Lunatic asylums Madras 1877-1891 - 1877-1891
Year: 1877
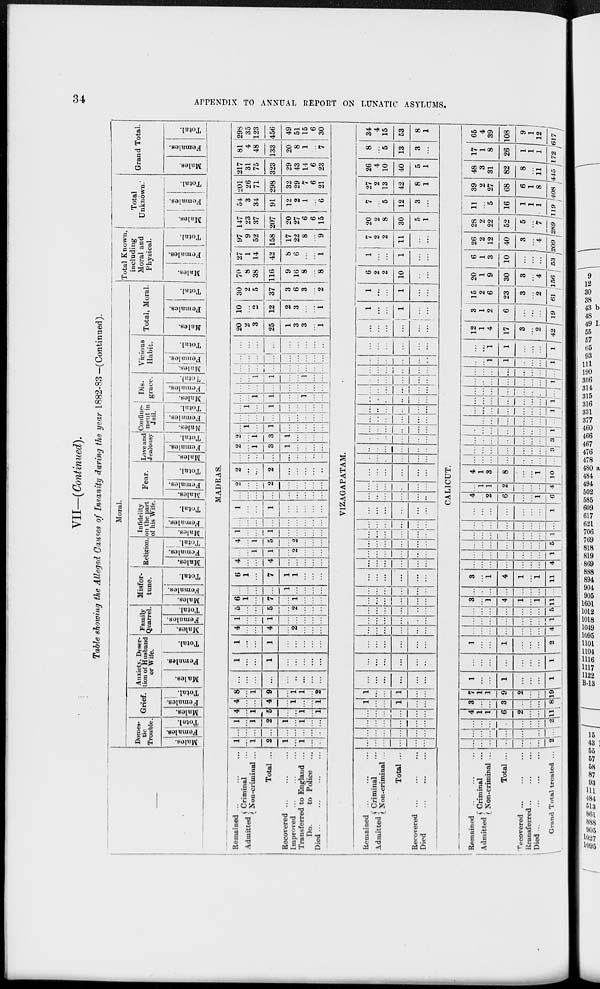
34
APPENDIX TO ANNUAL REPORT ON LUNATIC ASYLUMS.
VII—(Continued).
Table showing the Alleged Causes of Insanity (during the year 1882-83 —(Continued).
—
Moral.
Domes-
tic
Trouble.
Males.
Females.
Total.
Grief.
Males.
Females.
Total.
Anxiety, Deser-
tion of Husband
or Wife.
Males.
Females.
Total.
Family
Quarrel.
Males.
Females.
Total.
Misfor-
tune.
Males.
Females.
Total.
Religion.
Males.
Females.
Total.
Infidelity
on the part
of his Wife.
Males.
Females.
Total.
Fear.
Males.
Females.
Total.
Love and
Jealousy.
Males.
Females.
Total.
Confine-
ment in
Jail.
Males.
Females.
Total.
Dis-
grace.
Males.
Females.
Total.
Vicious
Habit.
Males.
Females.
Total.
Total, Moral.
Males.
Females.
Total.
Total Known,
including
Moral and
Physical.
Males.
Females.
Total.
Total
Unknown.
Males.
Females.
Total.
Grand Total.
Males.
Females.
Total.
MADRAS.
Remained ... ... ...
Admitted
Criminal ...
Non-criminal ...
Total ...
Recovered ... ... ...
Improved ... ... ...
Transferred to England ...
Do.
to Police
...
Died
...
...
...
...
1
...
1
2
1
...
1
...
...
...
...
...
...
...
...
...
...
...
1
...
1
2
1
...
1
...
...
4
...
1
5
...
...
1
...
1
4
...
...
4
...
1
...
...
1
8
...
1
9
...
1 1
...
2
...
...
...
...
...
...
...
...
...
1
...
...
1
...
...
...
...
...
1
...
...
1
...
...
...
...
...
4
...
...
4
...
2
...
...
...
1
...
...
1
...
...
...
...
...
5
...
...
5
...
2
...
...
...
6
1
...
7
...
1
...
...
...
...
...
...
...
1
...
...
...
...
6
1
...
7
1
1
...
...
...
4
...
...
4
...
...
...
...
...
...
...
1
1
...
2
...
...
...
4
...
1
5
...
2
...
...
...
1
...
...
1
...
...
...
...
...
...
...
...
...
...
...
...
...
...
1
...
...
1
...
...
...
...
...
...
...
...
...
...
...
...
...
...
2
...
...
2
...
...
...
...
...
2
...
...
2
...
...
...
...
...
...
...
...
...
...
...
...
...
...
2
...
1
3
1
...
...
...
...
2
...
1
3
1
...
...
...
...
...
1
...
1
...
...
...
...
...
...
...
...
...
...
...
...
...
...
...
1
...
1
...
...
...
...
...
...
...
1
1
...
...
1
...
...
...
...
...
...
...
...
...
...
...
...
...
1
1
...
...
1
...
...
...
...
...
...
...
...
...
...
...
...
...
...
...
...
...
...
...
...
...
...
...
...
...
...
...
...
...
20
2
3
25
1
3
3
...
1
10
...
2
12
2
3
...
...
1
30
2
5
37
3
6
3
...
2
70
8
38
116
9
16
8
...
8
27
1
14
42
8
6
...
...
1
97
9
52
158
17
22
8
...
9
147
23
37
207
20
27
6
6
15
54
3
34
91
12
2
1
...
6
201
26
71
298
32
29
7
6
21
217
31
75
323
29
43
14
6
23
81
4
48
133
20
8
1
...
7
298
35
123
456
49
51
15
6
30
VIZAGAPATAM.
Remained ... ... ...
Admitted
Criminal ...
Non-criminal ...
Total ...
Recovered ... ... ...
Died ... ... ...
...
...
...
...
...
...
...
...
...
...
...
...
...
...
...
...
...
...
...
...
...
...
...
...
1
...
...
1
...
...
1
...
...
1
...
...
...
...
...
...
...
...
...
...
...
...
...
...
...
...
...
...
...
...
...
...
...
...
...
...
...
...
...
...
...
...
...
...
...
...
...
...
...
...
...
...
...
...
...
...
...
...
...
...
...
...
...
...
...
...
...
...
...
...
...
...
...
...
...
...
...
...
...
...
...
...
...
...
...
...
...
...
...
...
...
...
...
...
...
...
...
...
...
...
...
...
...
...
...
...
...
...
...
...
...
...
...
...
...
...
...
...
...
...
...
...
...
...
...
...
...
...
...
...
...
...
...
...
...
...
...
...
...
...
...
...
...
...
...
...
...
...
...
...
...
...
...
...
...
...
...
...
...
...
...
...
...
...
...
...
...
...
...
...
...
...
...
...
...
...
...
...
...
...
...
...
...
...
...
...
...
...
...
...
...
...
...
...
...
...
...
...
1
...
...
1
...
...
1
...
...
1
...
...
6
2
2
10
...
...
1
...
...
1
...
...
7
2
2
11
...
...
20
2
8
30
5
1
7
...
5
12
3
...
27
2
13
42
8
1
26
4
10
40
5
1
8
...
5
13
3
...
34
4
15
53
8
1
CALICUT.
Remained ... ... ...
Admitted
Criminal
...
Non-criminal ...
Total ...
Recovered ... ... ...
Transferred ... ... ...
Died ...
...
...
...
Grand Total treated ...
...
...
...
...
...
...
...
2
...
...
...
...
...
...
...
...
...
...
...
...
...
...
...
2
4
1
1
6
2
...
...
11
3
...
...
3
...
...
...
8
7
1
1
9
2
...
...
19
1
...
...
1
...
...
...
1
...
...
...
...
...
...
...
1
1
...
...
1
...
...
...
2
...
...
...
...
...
...
...
4
...
...
...
...
...
...
...
1
...
...
...
...
...
...
...
5
3
...
1
4
1
...
1
11
...
...
...
...
...
...
...
...
3
...
1
4
1
...
1
11
...
...
...
...
...
...
...
4
...
...
...
...
...
...
...
1
...
...
...
...
...
...
...
5
...
...
...
...
...
...
...
1
...
...
...
...
...
...
...
...
...
...
...
...
...
...
...
1
4
...
2
6
...
...
1
6
...
1
1
2
...
...
...
4
4
1
3
8
...
...
1
10
...
...
...
...
...
...
...
...
...
...
...
...
...
...
...
3
...
...
...
...
...
...
...
3
...
...
...
...
...
...
...
1
...
...
...
...
...
...
...
...
...
...
...
...
...
...
...
1
...
...
...
...
...
...
...
1
...
...
...
...
...
...
...
...
...
...
...
...
...
...
...
1
...
...
...
...
...
...
...
...
...
...
1
1
...
...
...
1
...
...
1
1
...
...
...
1
12
1
4
17
3
...
2
42
3
1
2
6
...
...
...
19
15
2
6
23
3
...
2
61
20
1
9
30
3
...
4
156
6
1
3
10
...
...
...
53
26
2
12
40
3
...
4
209
28
2
22
52
5
...
7
289
11
...
5
16
1
1
1
119
39
2
27
68
6
1
8
408
48
3
31
82
8
...
11
445
17
1
8
26
1
1
1
172
65
4
39
108
9
1
12
617